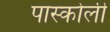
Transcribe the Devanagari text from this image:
पास्कोली